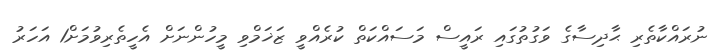
ނުރައްކާތެރި ޙާދިސާގެ ވަގުތުގައި ރައީސް މަސައްކަތް ކުރެއްވީ ޒަޚަމްވި މީހުންނަށް އެހީތެރިވުމަށް1 އަހަރު